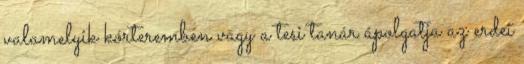
valamelyik kórteremben vagy a tesi tanár ápolgatja az erdei